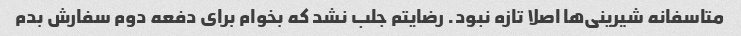
متاسفانه شیرینی‌ها اصلا تازه نبود. رضایتم جلب نشد که بخوام برای دفعه دوم سفارش بدم